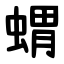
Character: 蝟